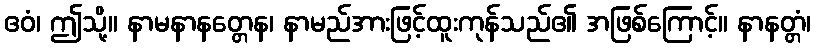
ဧဝံ၊ ဤသို့။ နာမနာနတ္တေန၊ နာမည်အားဖြင့်ထူးကုန်သည်၏ အဖြစ်ကြောင့်။ နာနတ္တံ၊